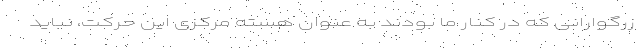
زرگوارانی که در کنار ما بودند به عنوان هسته مرکزی این حرکت، نباید